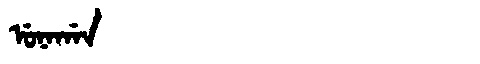
Manchu: ᡠᠨᠠᡤᠠᠨ
Romanization: UNAGAN